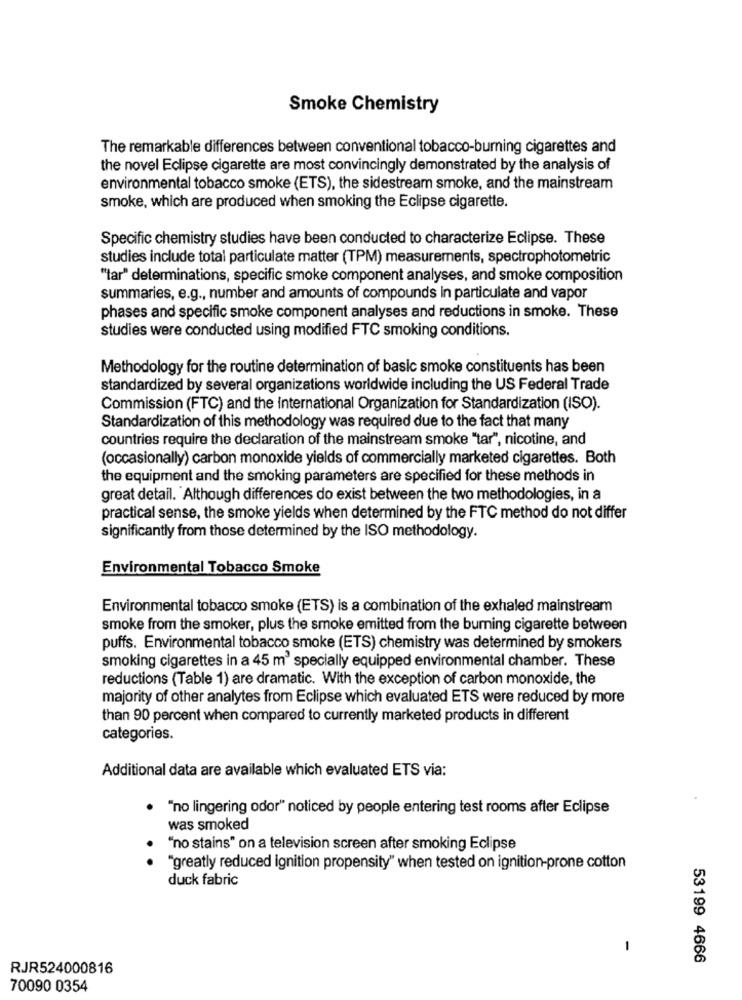
Smoke Chemistry
The remarkable differences between conventional tobacco-burning cigarettes and
the novel Eclipse cigarette are most convincingly demonstrated by the analysis of
environmental tobacco smoke (ETS), the sidestream smoke, and the mainstream
smoke, which are produced when smoking the Eclipse cigarette.
Specific chemistry studies have been conducted to characterize Eclipse. These
studies include total particulate matter (TPM) measurements, spectrophotometric
"tar" determinations, specific smoke component analyses, and smoke composition
summaries, e.g ., number and amounts of compounds in particulate and vapor
phases and specific smoke component analyses and reductions in smoke. These
studies were conducted using modified FTC smoking conditions.
Methodology for the routine determination of basic smoke constituents has been
standardized by several organizations worldwide including the US Federal Trade
Commission (FTC) and the international Organization for Standardization (ISO).
Standardization of this methodology was required due to the fact that many
countries require the declaration of the mainstream smoke "tar", nicotine, and
(occasionally) carbon monoxide yields of commercially marketed cigarettes. Both
the equipment and the smoking parameters are specified for these methods in
great detail. Although differences do exist between the two methodologies, in a
practical sense, the smoke yields when determined by the FTC method do not differ
significantly from those determined by the ISO methodology.
Environmental Tobacco Smoke
Environmental tobacco smoke (ETS) is a combination of the exhaled mainstream
smoke from the smoker, plus the smoke emitted from the burning cigarette between
puffs. Environmental tobacco smoke (ETS) chemistry was determined by smokers
smoking cigarettes in a 45 m3 specially equipped environmental chamber. These
reductions (Table 1) are dramatic. With the exception of carbon monoxide, the
majority of other analytes from Eclipse which evaluated ETS were reduced by more
than 90 percent when compared to currently marketed products in different
categories.
Additional data are available which evaluated ETS via:
"no lingering odor" noticed by people entering test rooms after Eclipse
was smoked
"no stains" on a television screen after smoking Eclipse
"greatly reduced ignition propensity" when tested on ignition-prone cotton
duck fabric
-
53199 4666
RJR524000816
70090 0354